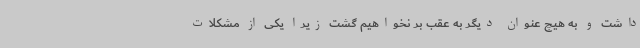
داشت و به هیچ عنوان دیگر به عقب بر نخواهیم گشت زیرا یکی از مشکلات